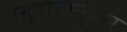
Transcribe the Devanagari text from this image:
समुदायानुसार